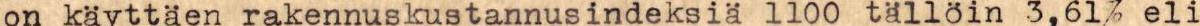
on käyttäen rakennuskustannusindeksia 1100 tälloin 3,61% eli